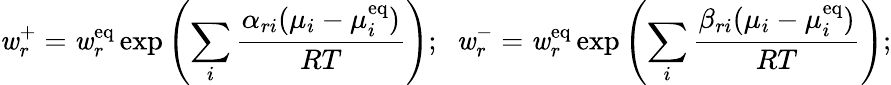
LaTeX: \mathit{w}_{r}^{+}=\mathit{w}_{r}^{\mathrm{{{eq}}}}\exp\left(\sum_{i}{\frac{{\alpha_{ri}(\mu_{i}-\mu_{i}^{\mathrm{{{eq}}}})}}{{RT}}}\right);\; \; \mathit{w}_{r}^{-}=\mathit{w}_{r}^{\mathrm{{{eq}}}}\exp\left(\sum_{i}{\frac{{\beta_{ri}(\mu_{i}-\mu_{i}^{\mathrm{{{eq}}}})}}{{RT}}}\right);